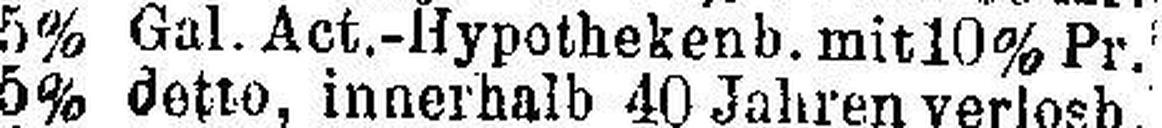
5% Gal. Act.-Hypothekenb. mit 10% Pr.